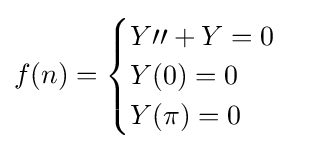
f(n)={\begin{cases}Y\prime \prime +Y=0\\Y(0)=0\\Y(\pi )=0\end{cases}}